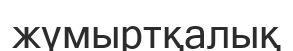
жүмыртқалық